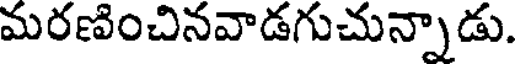
మరణించినవాడగుచున్నాడు.